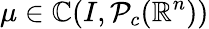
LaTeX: \mu\in\mathbb{C}(I,\mathcal{P}_{c}(\mathbb{{R}}^{n}))